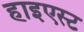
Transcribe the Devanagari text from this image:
हाइएस्ट